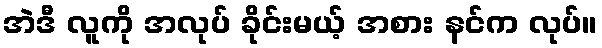
အဲဒီ လူကို အလုပ် ခိုင်းမယ့် အစား နင်က လုပ်။